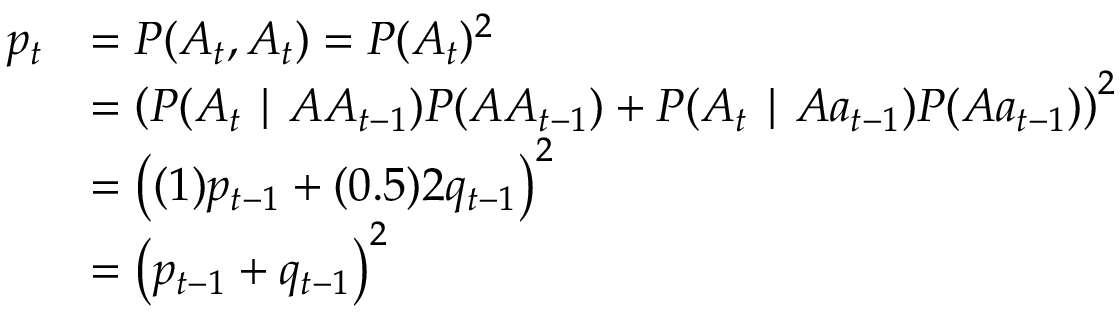
{ \begin{array} { r l } { p _ { t } } & { = P ( A _ { t } , A _ { t } ) = P ( A _ { t } ) ^ { 2 } } \\ & { = \left( P ( A _ { t } \mid A A _ { t - 1 } ) P ( A A _ { t - 1 } ) + P ( A _ { t } \mid A a _ { t - 1 } ) P ( A a _ { t - 1 } ) \right) ^ { 2 } } \\ & { = \left( ( 1 ) p _ { t - 1 } + ( 0 . 5 ) 2 q _ { t - 1 } \right) ^ { 2 } } \\ & { = \left( p _ { t - 1 } + q _ { t - 1 } \right) ^ { 2 } } \end{array} }